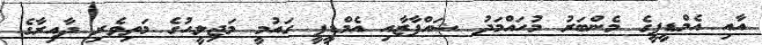
އާއި އެމްޑީޕީގެ މެންބަރު މުހައްމަދު ޝައްފާޒާއި އެމްޑީޕީ ގައުމީ މަޖިލީހުގެ މަތިވެރި ދާއިރާގެ